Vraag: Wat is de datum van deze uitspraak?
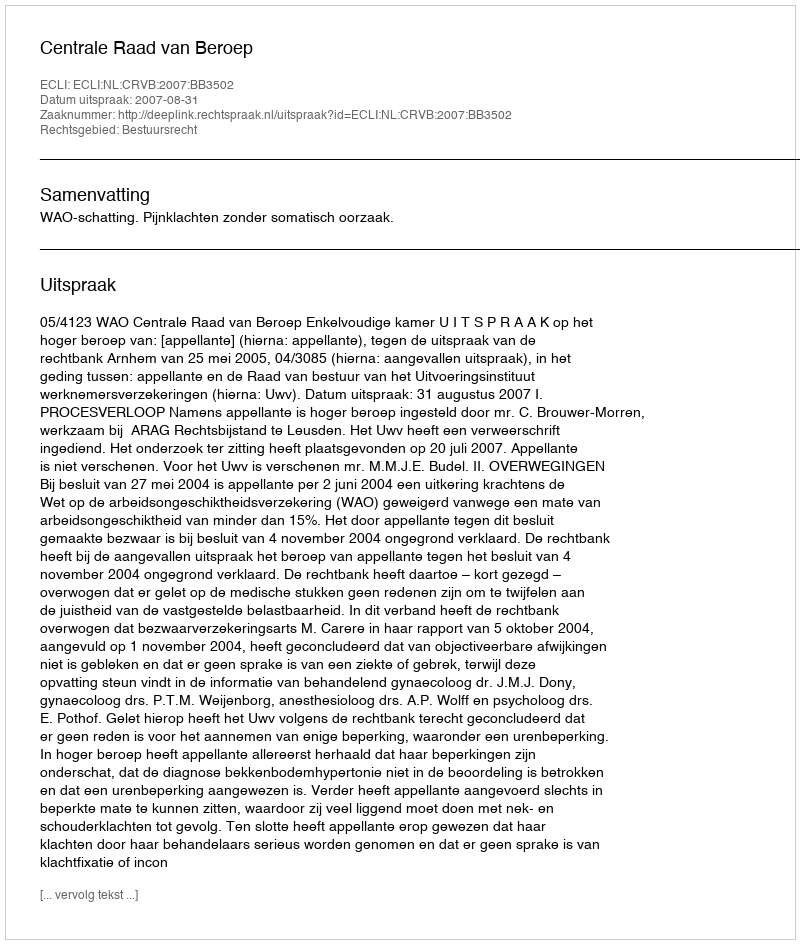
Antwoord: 2007-08-31